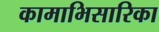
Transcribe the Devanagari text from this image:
कामाभिसारिका